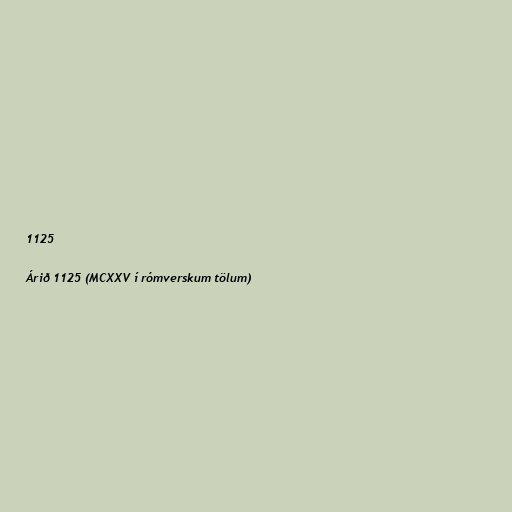
1125

Árið 1125 (MCXXV í rómverskum tölum)